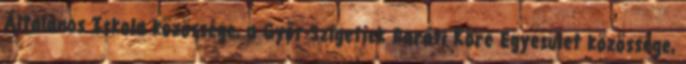
Általános Iskola közössége, a Győr-Szigetiek Baráti Köre Egyesület közössége,